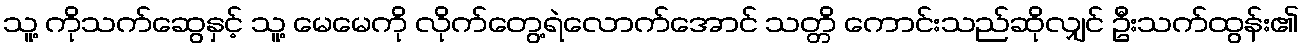
သူ့ ကိုသက်ဆွေနှင့် သူ့ မေမေကို လိုက်တွေ့ရဲလောက်အောင် သတ္တိ ကောင်းသည်ဆိုလျှင် ဦးသက်ထွန်း၏